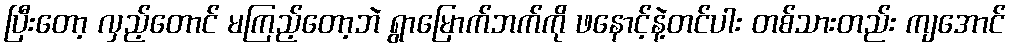
ပြီးတော့ လှည့်တောင် မကြည့်တော့ဘဲ ရွာမြောက်ဘက်ကို ဖနောင့်နဲ့တင်ပါး တစ်သားတည်း ကျအောင်